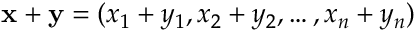
\mathbf { x } + \mathbf { y } = ( x _ { 1 } + y _ { 1 } , x _ { 2 } + y _ { 2 } , \ldots , x _ { n } + y _ { n } )